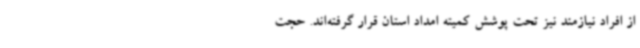
از افراد نیازمند نیز تحت پوشش کمیته امداد استان قرار گرفته‌اند. حجت